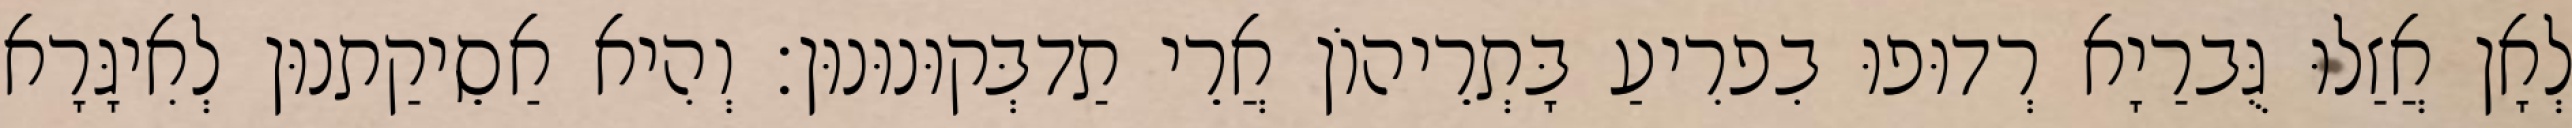
לְאָן אֲזַלוּ גֻּברַיָא רְדוּפוּ בִפרִיעַ בָּתְרֵיהוֹן אֲרֵי תַדבְּקוּנוּנוּן׃ וְהִיא אַסֵיקַתנוּן לְאִיגָּרָא